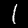
Digit: 1